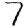
Digit: 7